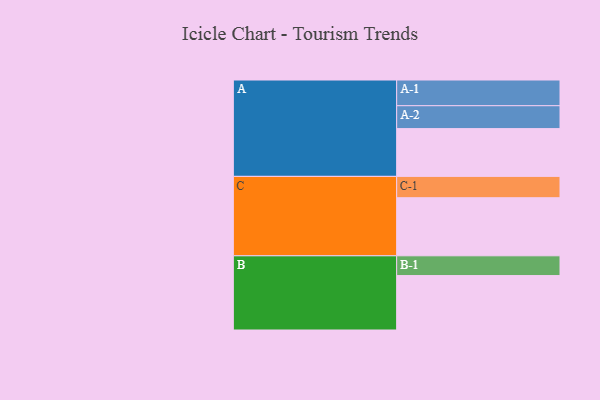
{"axis": {"x": "Segment", "y": "Value"}, "legend": ["", "A", "B", "C"], "data": [{"x": "A", "y": 394, "type": ""}, {"x": "B", "y": 449, "type": ""}, {"x": "C", "y": 479, "type": ""}, {"x": "A-1", "y": 212, "type": "A"}, {"x": "A-2", "y": 189, "type": "A"}, {"x": "B-1", "y": 163, "type": "B"}, {"x": "C-1", "y": 176, "type": "C"}]}